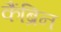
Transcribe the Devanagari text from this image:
कैंब्रिन